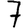
Digit: 7